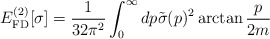
\begin{align*}E_{\rm FD}^{(2)}[\sigma] = \frac{1}{32 \pi^2} \int_0^\infty dp\tilde{\sigma}(p)^2 \arctan\frac{p}{2m}\end{align*}